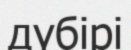
дүбірі